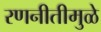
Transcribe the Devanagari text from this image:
रणनीतीमुळे